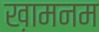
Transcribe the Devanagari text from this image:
ख़ामनम